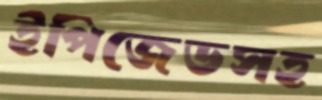
ইপিজেডসহ